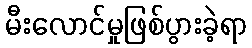
မီးလောင်မှုဖြစ်ပွားခဲ့ရာ